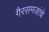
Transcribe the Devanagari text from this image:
गैरसमजांचे